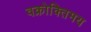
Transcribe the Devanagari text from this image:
वक्रोक्तिमय